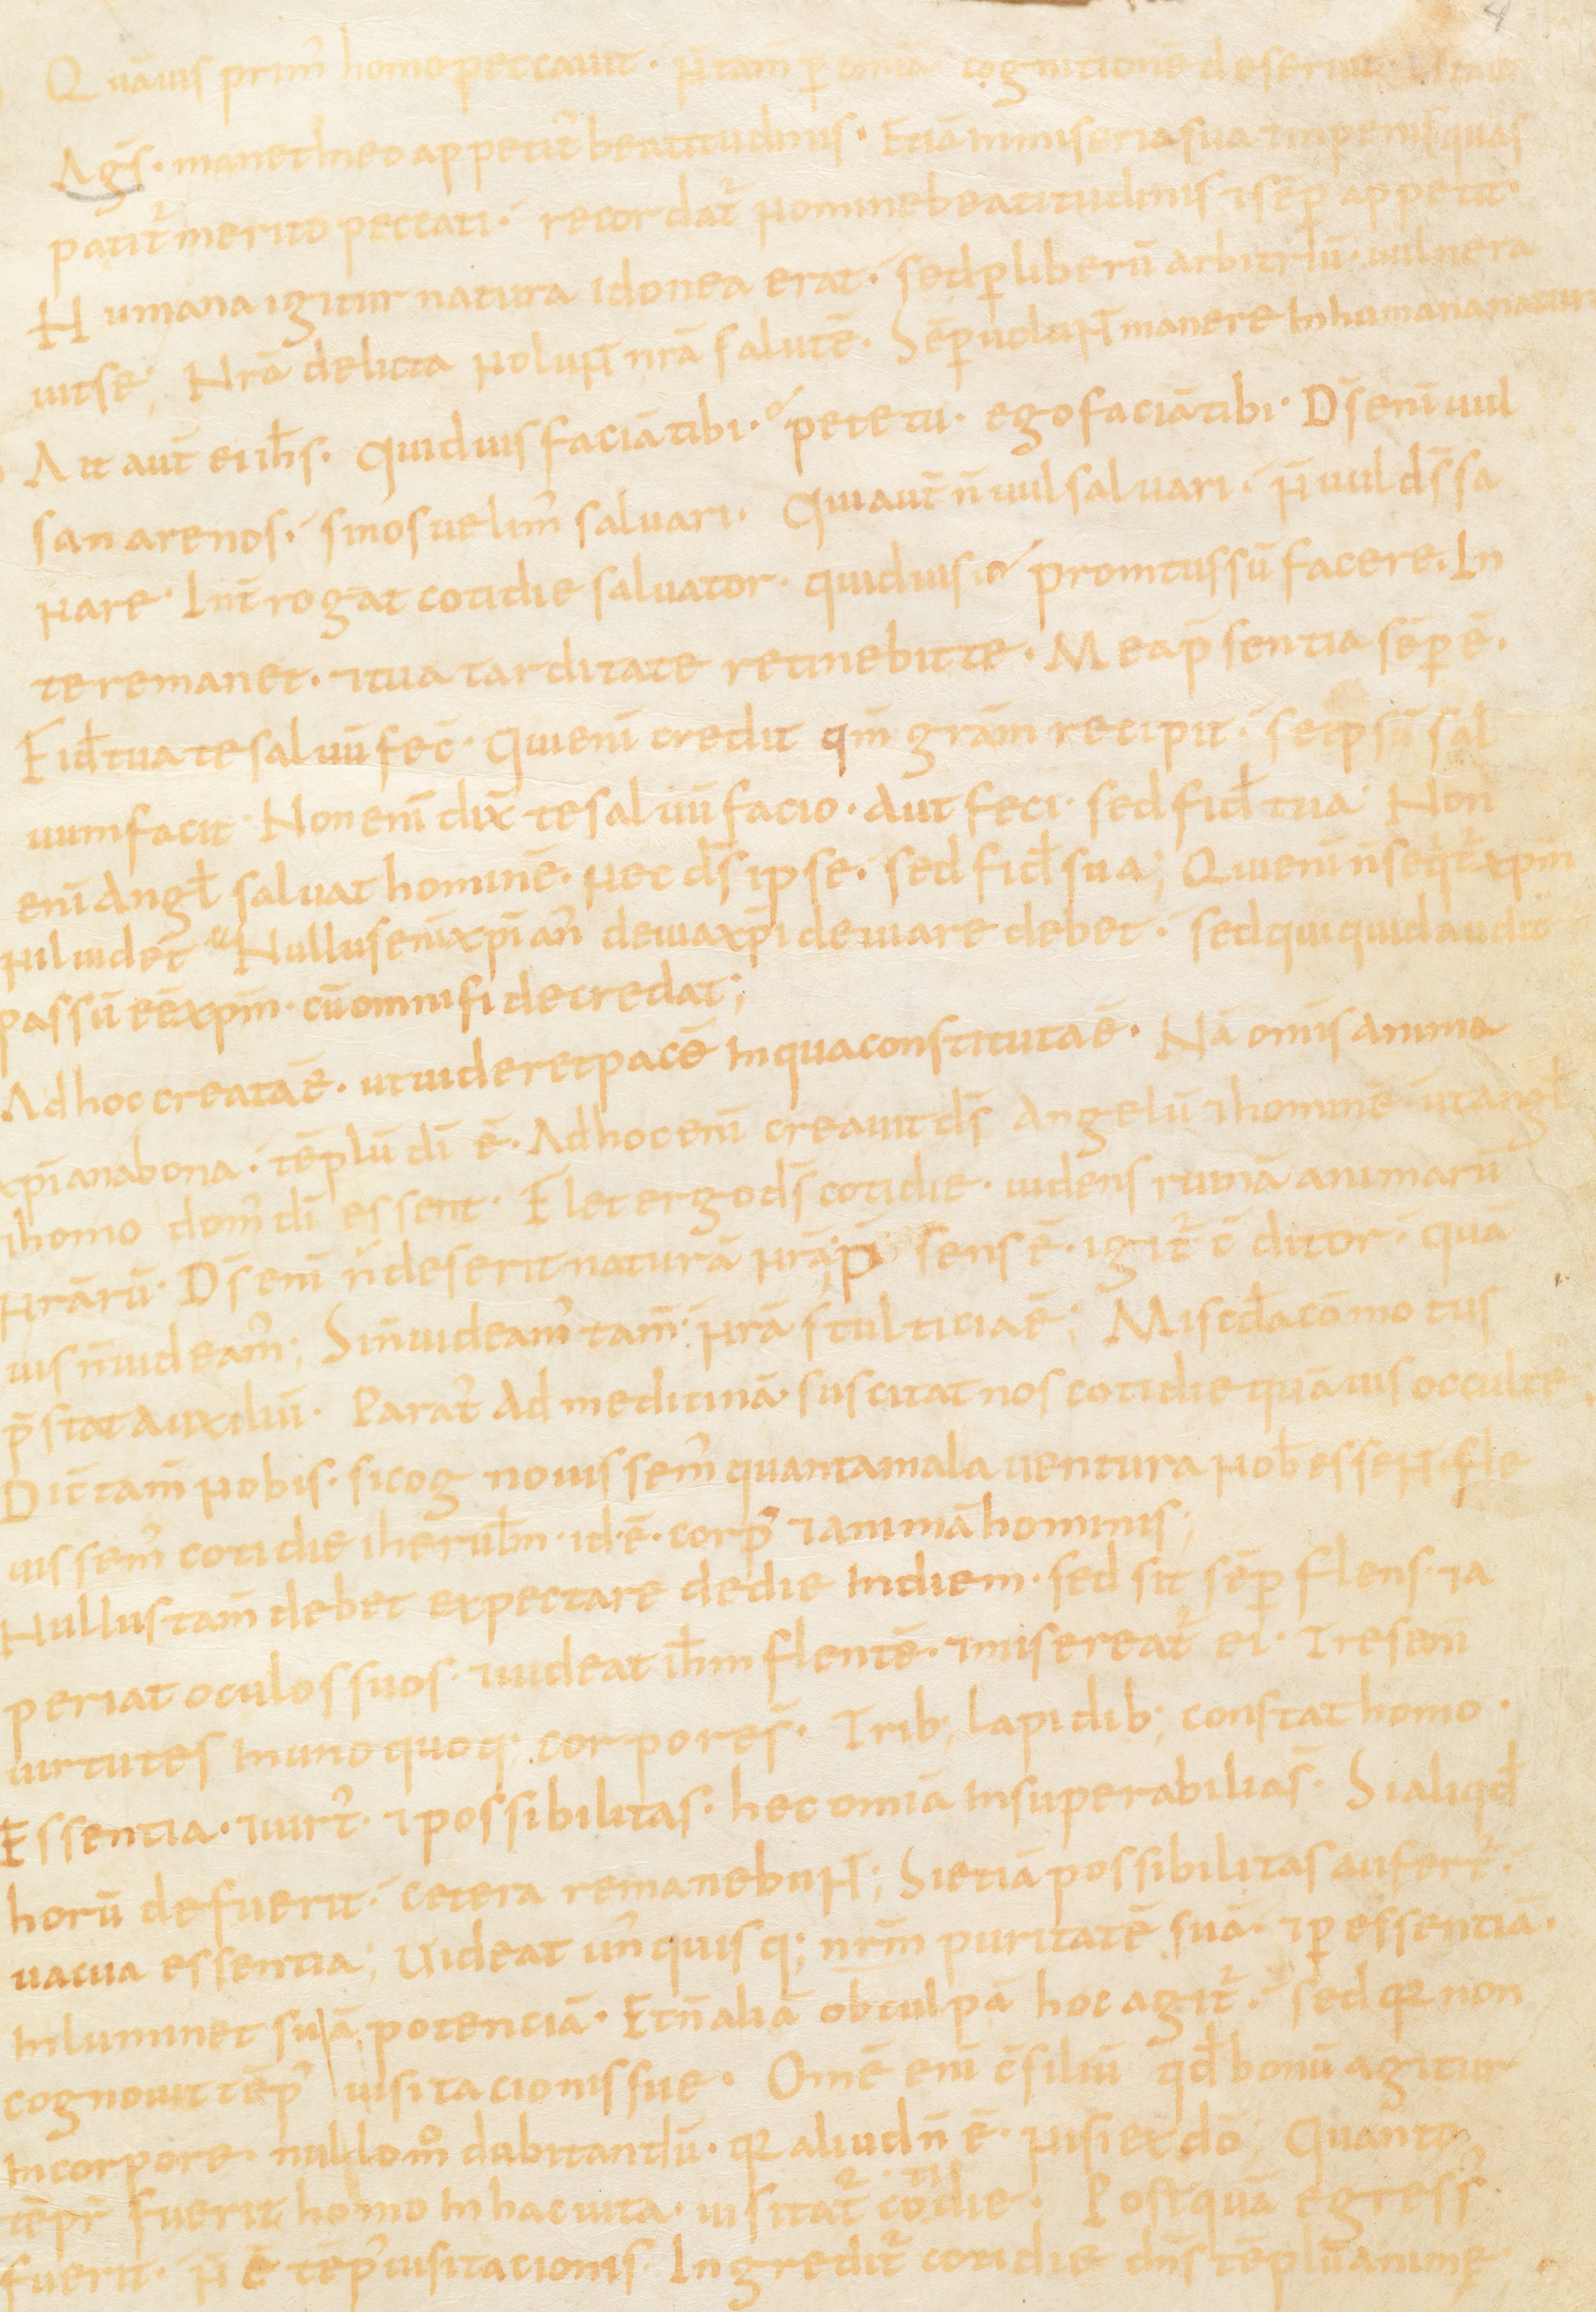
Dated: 867–949